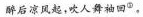
醉后凉风起，吹人舞袖回^{⑤}。